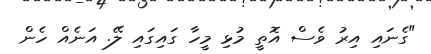
"ގެނައި އިރު ވެސް އޮތީ މުޅި މީހާ ގައިގައި ލޭ. އަނެއް ހެން